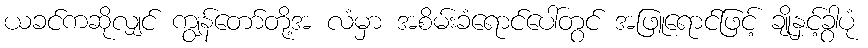
ယခင်ကဆိုလျှင် ကျွန်တော်တို့အ လံမှာ အစိမ်းခံရောင်ပေါ်တွင် အဖြူရောင်ဖြင့် ချိုနှင့်ခွါပုံ